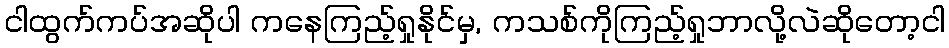
ငါထွက်ကပ်အဆိုပါ ကနေကြည့်ရှုနိုင်မှ, ကသစ်ကိုကြည့်ရှုဘာလို့လဲဆိုတော့ငါ